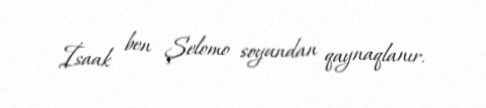
İsaak ben Şelomo soyundan qaynaqlanır.